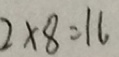
2 \times 8 = 1 6